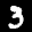
Label: 3